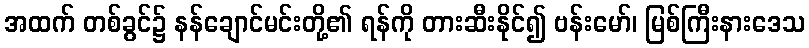
အထက် တစ်ခွင်၌ နန်ချောင်မင်းတို့၏ ရန်ကို တားဆီးနိုင်၍ ဗန်းမော်၊ မြစ်ကြီးနားဒေသ